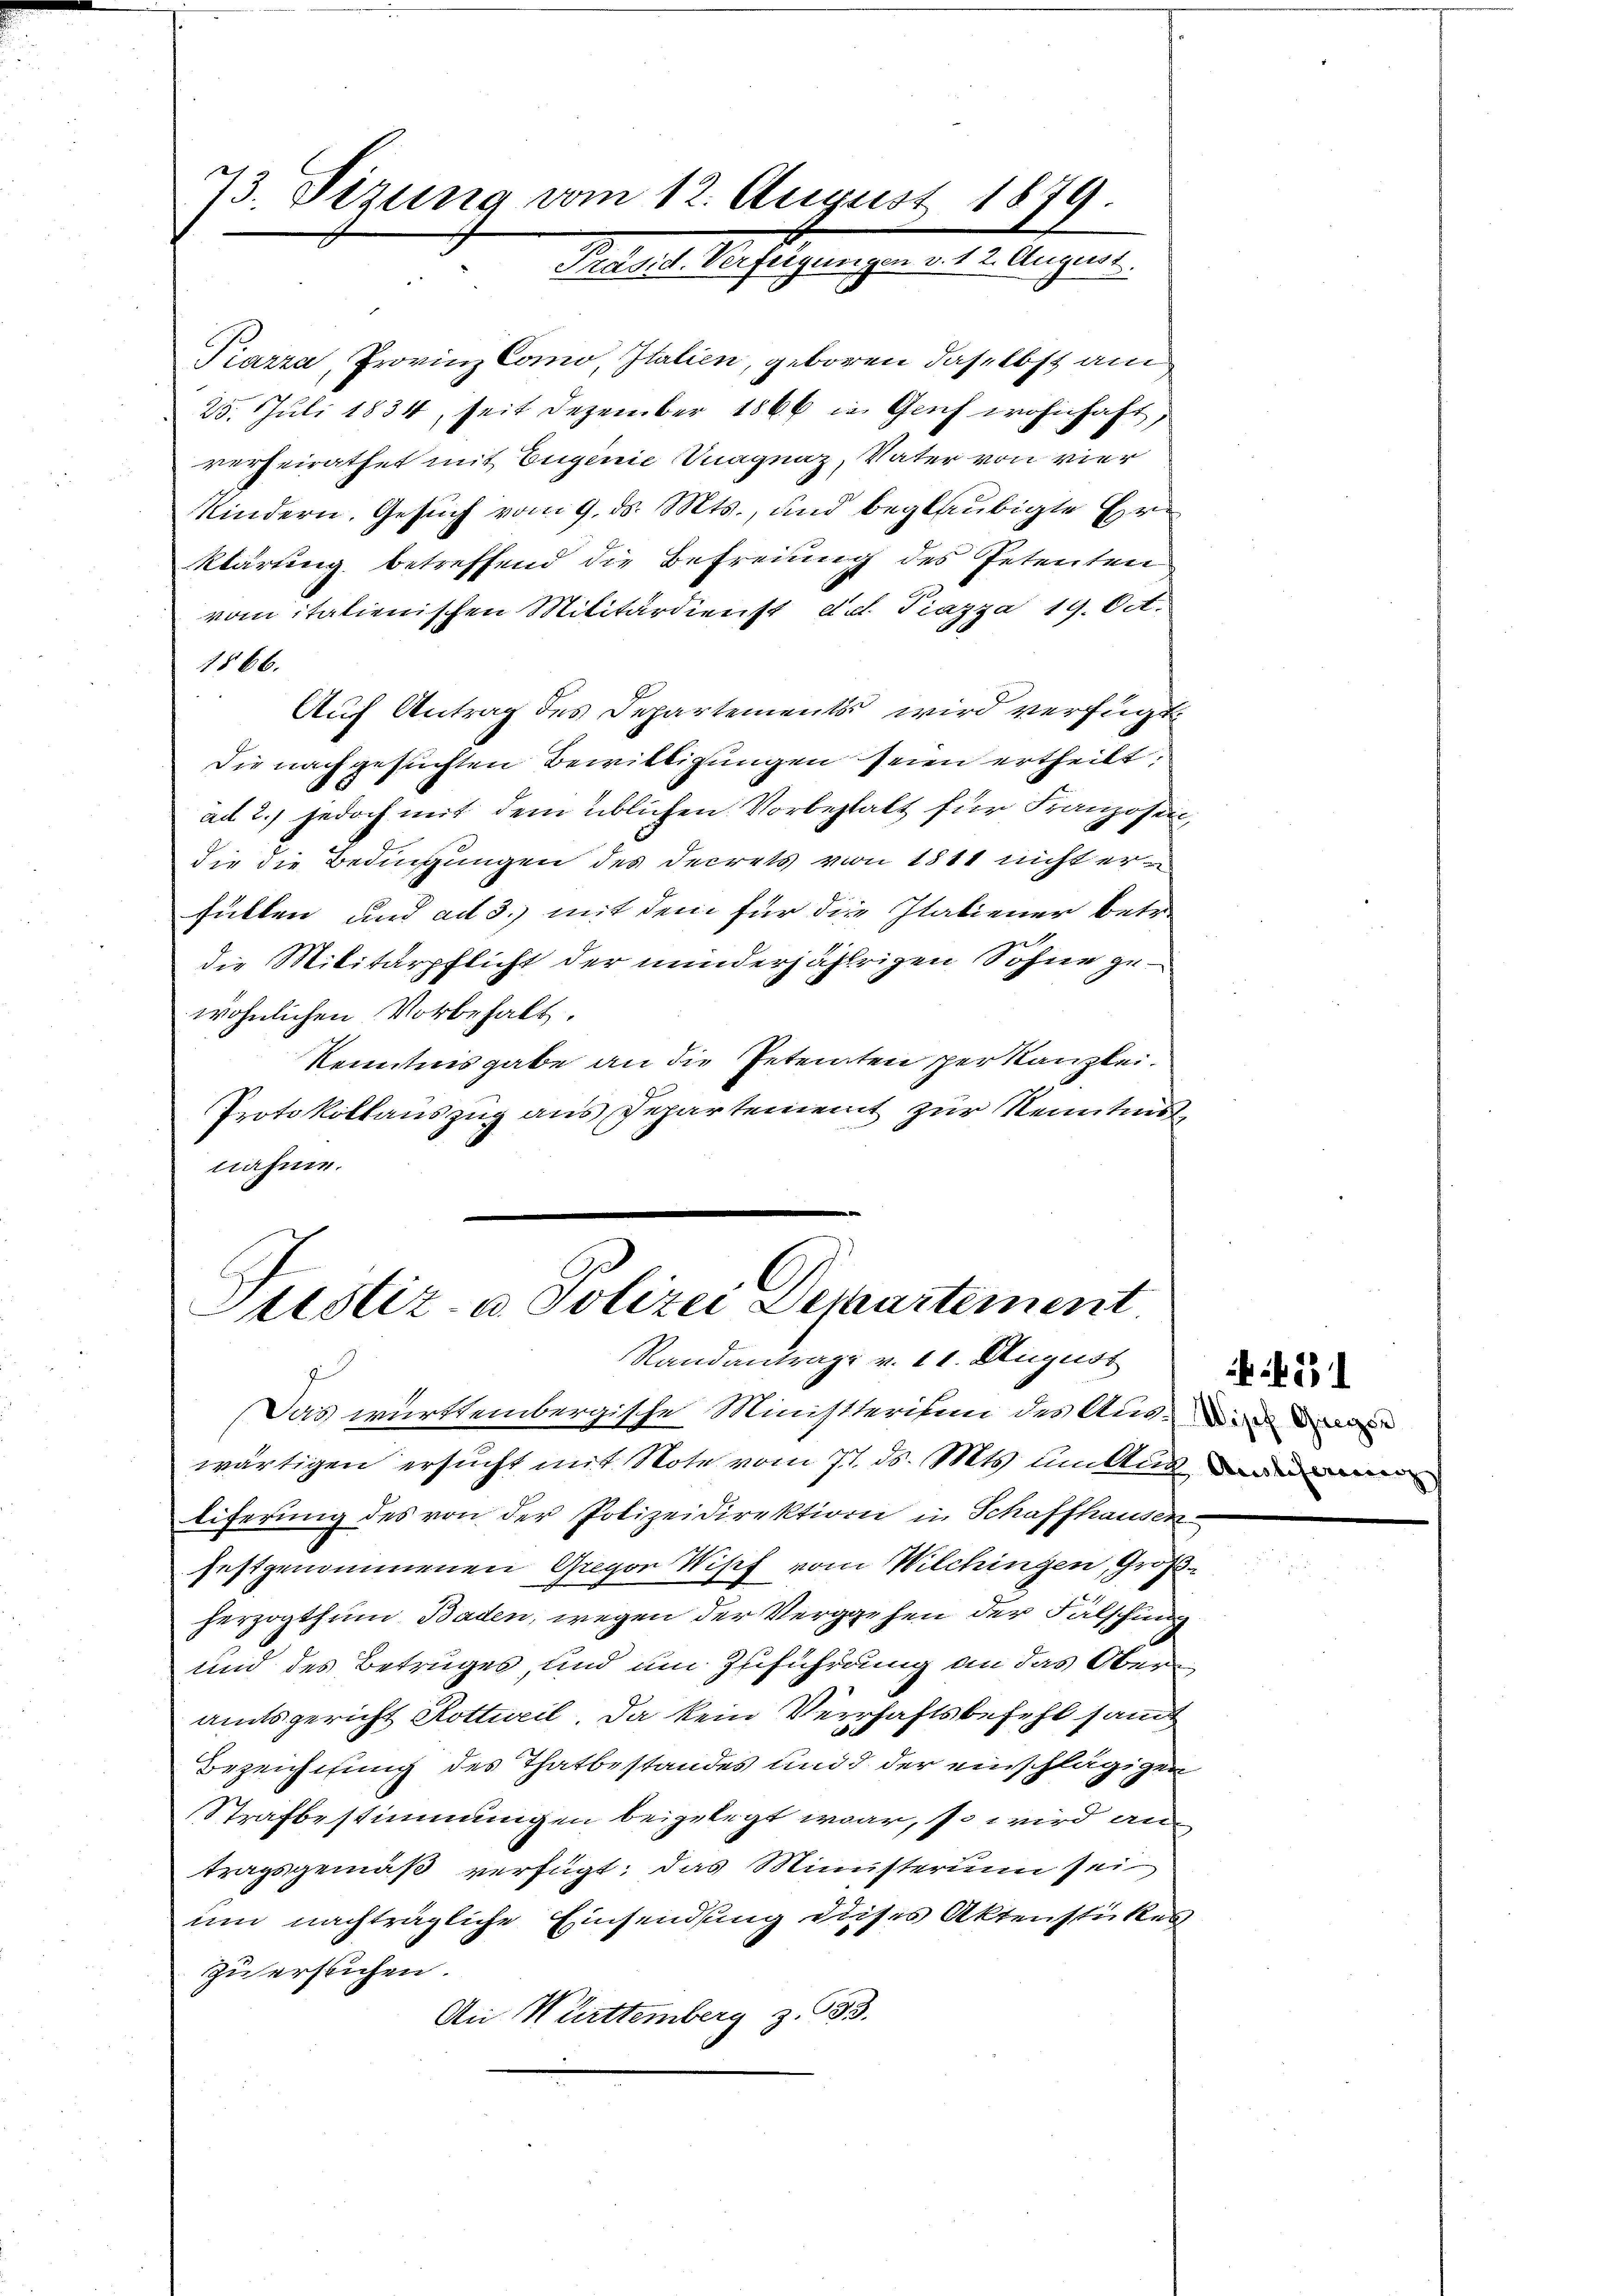
73. Sizung vom 12. August 1879.
Präsid. Verfeigungen v. 12. August.

Piazza, Provinz Como, Italien, geboren daselbst an
25. Juli 1834, seit Dezember 1866 in Genf wohnhaft,
verheirathet mit Eugenie Inagnaz, Vater von vier
Kindern. Gesuch vom 9. ds. Mts., und beglaubigte Erklärung betreffend die Befreiung des Petenten
vom italienischen Militärdienst d.d. Piazza 19. Oct.
1866.
Auf Antrag des Departements wird verfügt:
Die nachgesuchten Bewilligungen seien ertheilt,
ad 2., jedoch mit dem üblichen Vorbestalt für Franzosen,
die die Bedingungen des Decrets von 1811 nicht erfüllen und ad 3.) mit dem für die Italiener betr.
die Militärpflicht der minderjährigen Sohne gewöhnlichen Vorbehalt.
Kenntnisgabe an die Petenten per Kanzlei.
Protokollauszug aus Departement zur Kenntnis
nähme.

G.
B
Pustiz- u Polizei Departement.
Randantrage v. 11. August

Das württembergische Michsteriten des Aus- wie d
wärtigen ersucht mit Note vom 77. ds. Mts. um Aus darau
liferung des von der Polizeidirektion in Schaffhausen.
festgenommenen Gregor Wipf vom Wilchingen, Großherzogthum Baden, wegen der Vergehen der Fälschung
und des Betruges, und um Zuführung an das Oberamtsgericht Rotturil. Da kein Verhaftsbefehl samt
Bezeichnung des Thatbestandes und d. der einschlägigen
Strafbestimmungen beigelegt war, so wird an
tragsgemäß verfügt: das Ministerium sei
um nachträgliche Einsendung dieses Aktenstückes
zu erstichen.
An Württemberg z. 633.

231